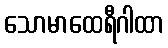
သောမာထေရီဂါထာ